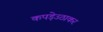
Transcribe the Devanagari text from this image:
कपड़ेउठाकर